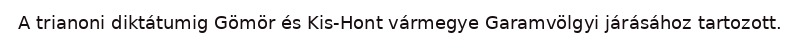
A trianoni diktátumig Gömör és Kis-Hont vármegye Garamvölgyi járásához tartozott.